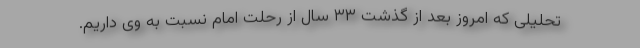
تحلیلی که امروز بعد از گذشت ۳۳ سال از رحلت امام نسبت به وی داریم.